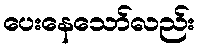
ပေးနေသော်လည်း